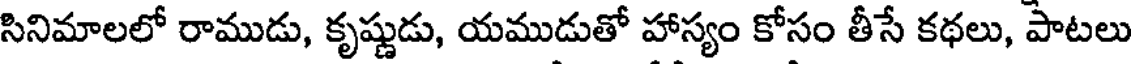
సినిమాలలో రాముడు, కృష్ణుడు, యముడుతో హాస్యం కోసం తీసే కథలు, పాటలు